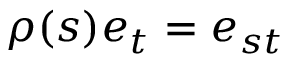
\rho ( s ) e _ { t } = e _ { s t }